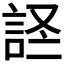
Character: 𫌹